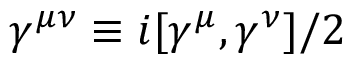
\gamma ^ { \mu \nu } \equiv i [ \gamma ^ { \mu } , \gamma ^ { \nu } ] / 2